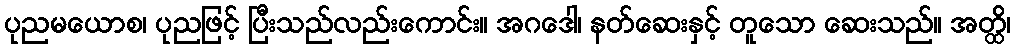
ပုညမယောစ၊ ပုညဖြင့် ပြီးသည်လည်းကောင်း။ အဂဒေါ၊ နတ်ဆေးနှင့် တူသော ဆေးသည်။ အတ္ထိ၊